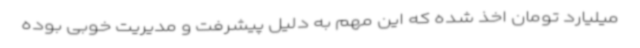
میلیارد تومان اخذ شده که این مهم به دلیل پیشرفت و مدیریت خوبی بوده